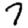
Digit: 7